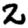
Digit: 2